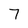
Character: 7